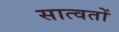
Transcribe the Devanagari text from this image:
सात्वतों